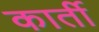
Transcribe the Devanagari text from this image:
कार्ती